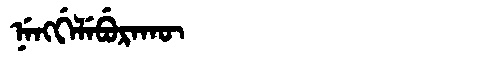
Manchu: ᠨᡝᠩᡤᡝᠯᡝᠪᡠᡵᠠᡴᡡ
Romanization: NENGGELEBURAKŪ